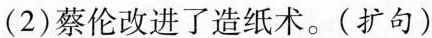
(2)蔡伦改进了造纸术。(扩句)